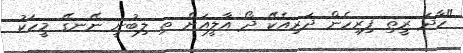
"ހާދަ ރީތި ފިރިހެން ދަރިއެކޭ ދޯ އާލީއަށް ތި ލިބުނީ ނޭނގޭ މީހަކު